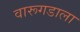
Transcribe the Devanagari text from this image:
वारूगडाला